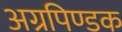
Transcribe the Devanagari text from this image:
अग्रपिण्डक